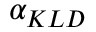
\alpha _ { K L D }